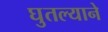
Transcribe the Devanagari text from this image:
घुतल्याने